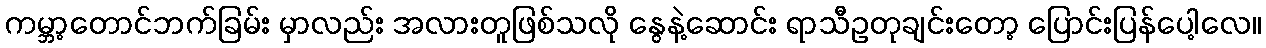
ကမ္ဘာ့တောင်ဘက်ခြမ်း မှာလည်း အလားတူဖြစ်သလို နွေနဲ့ဆောင်း ရာသီဥတုချင်းတော့ ပြောင်းပြန်ပေါ့လေ။